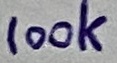
Text: 100k